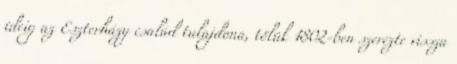
ideig az Eszterházy család tulajdona, tőlük 1802-ben szerezte vissza